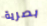
بصرية